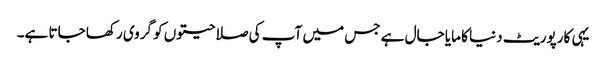
یہی کارپوریٹ دنیا کا مایا جال ہے جس میں آپ کی صلاحیتوں کو گروی رکھا جاتا ہے۔